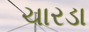
ચારડા